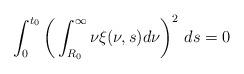
LaTeX: \begin{align*}\int_{0}^{t_{0}}\bigg(\int_{R_{0}}^{\infty}\nu\xi(\nu,s)d\nu\bigg)^{2}\ ds=0\end{align*}%\end{align*}